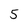
Character: 5